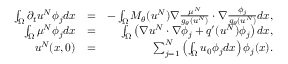
\begin{array} { r l r } { \int _ { \Omega } \partial _ { t } u ^ { N } \phi _ { j } d x } & { = } & { - \int _ { \Omega } M _ { \theta } ( u ^ { N } ) \nabla \frac { \mu ^ { N } } { g _ { \theta } ( u ^ { N } ) } \cdot \nabla \frac { \phi _ { j } } { g _ { \theta } ( u ^ { N } ) } d x , } \\ { \int _ { \Omega } \mu ^ { N } \phi _ { j } d x } & { = } & { \int _ { \Omega } \left( \nabla u ^ { N } \cdot \nabla \phi _ { j } + q ^ { \prime } ( u ^ { N } ) \phi _ { j } \right) d x , } \\ { u ^ { N } ( x , 0 ) } & { = } & { \sum _ { j = 1 } ^ { N } \left( \int _ { \Omega } u _ { 0 } \phi _ { j } d x \right) \phi _ { j } ( x ) . } \end{array}